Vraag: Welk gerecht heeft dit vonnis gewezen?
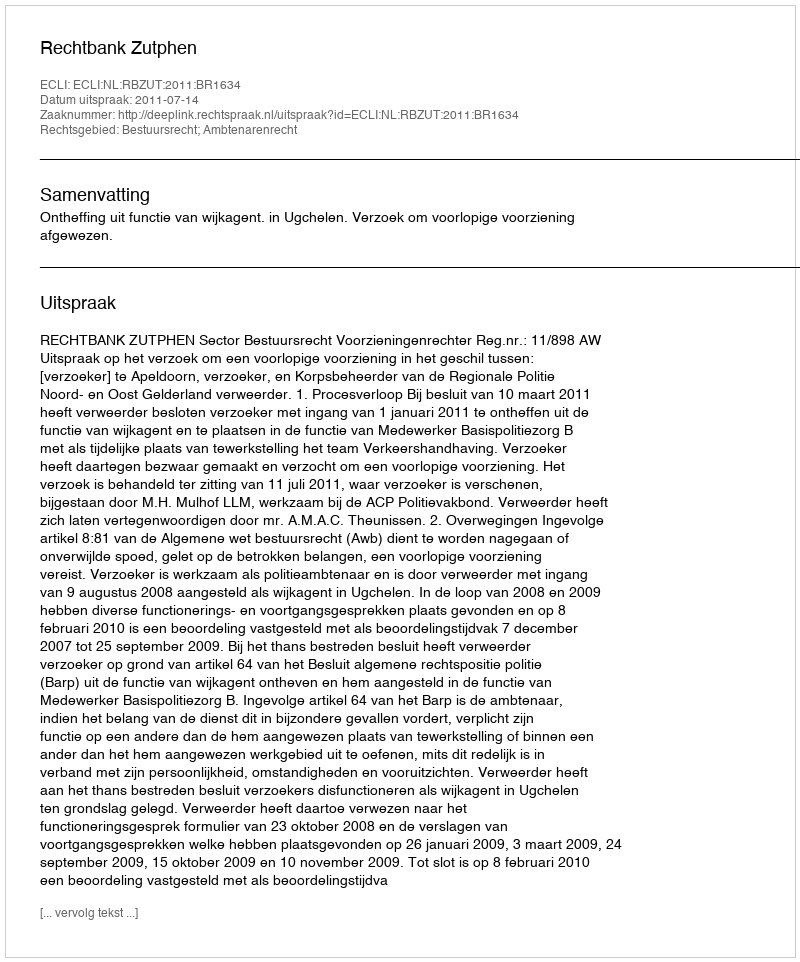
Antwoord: Rechtbank Zutphen